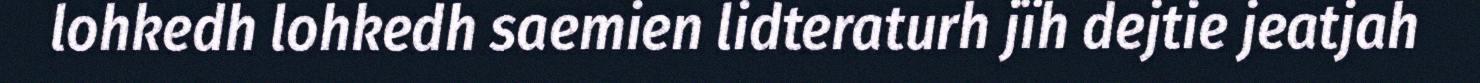
lohkedh lohkedh saemien lidteraturh jïh dejtie jeatjah